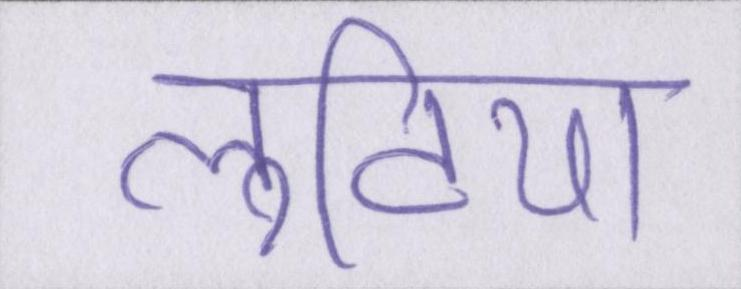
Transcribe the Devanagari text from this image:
लुटिया